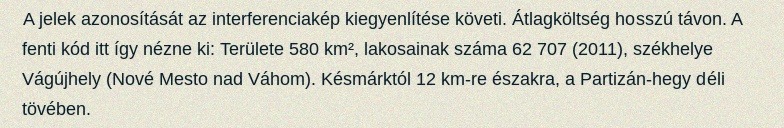
A jelek azonosítását az interferenciakép kiegyenlítése követi. Átlagköltség hosszú távon. A fenti kód itt így nézne ki: Területe 580 km², lakosainak száma 62 707 (2011), székhelye Vágújhely (Nové Mesto nad Váhom). Késmárktól 12 km-re északra, a Partizán-hegy déli tövében.